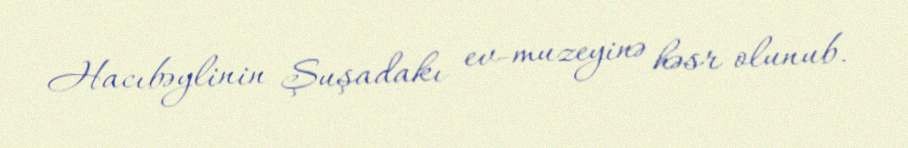
Hacıbəylinin Şuşadakı ev-muzeyinə həsr olunub.